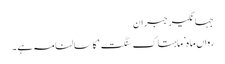
جہانگیر جبران
رواں ماہ ’ماہتاک سنگت‘ کا سالنامہ ہے ۔